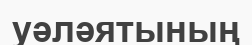
уәләятының